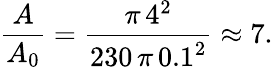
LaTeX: \frac{A}{A_{0}}=\frac{\pi\, 4^{2}}{230\, \pi\, 0.1^{2}}\approx 7.